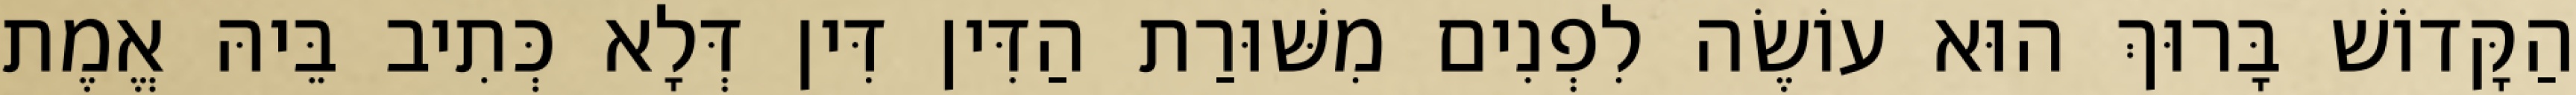
הַקָּדוֹשׁ בָּרוּךְ הוּא עוֹשֶׂה לִפְנִים מִשּׁוּרַת הַדִּין דִּין דְּלָא כְּתִיב בֵּיהּ אֱמֶת